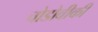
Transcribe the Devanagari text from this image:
चोडोवीकी